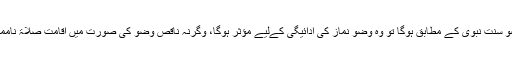
اگر وضو سنت نبوی کے مطابق ہوگا تو وہ وضو نماز کی ادائیگی کےلیے مؤثر ہوگا، وگرنہ ناقص وضو کی صورت میں اقامتِ صلاۃ ناممکن ہے۔